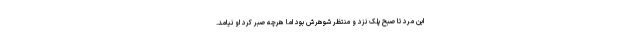
این مرد تا صبح پلک نزد و منتظر شوهرش بود اما هرچه صبر کرد او نیامد.